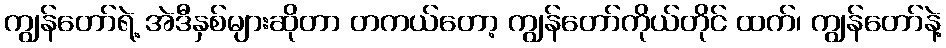
ကျွန်တော်ရဲ့ အဲဒီနှစ်များဆိုတာ တကယ်တော့ ကျွန်တော်ကိုယ်တိုင် ထက်၊ ကျွန်တော်နဲ့